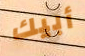
أبيك